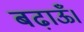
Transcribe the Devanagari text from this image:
बढ़ाऊँ।